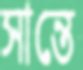
সান্তে